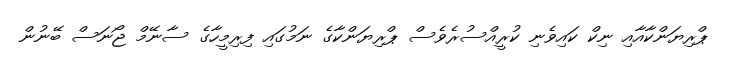
ޕްރިޔަންކާއާއި ނިކް ކައިވެނި ކުރީއްސުރެވެސް ޕްރިޔަންކާގެ ނަމުގައި ފިރިމީހާގެ ސާނޭމް ޖޯނަސް ބޭނުން